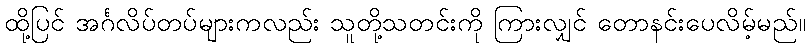
ထို့ပြင် အင်္ဂလိပ်တပ်များကလည်း သူတို့သတင်းကို ကြားလျှင် တောနင်းပေလိမ့်မည်။